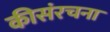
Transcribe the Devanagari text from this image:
कीसंरचना